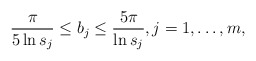
\begin{align*}\frac{\pi}{5\ln s_{j}}\leq b_{j}\leq \frac{5\pi}{\ln s_{j}}, j=1,\dots, m,\end{align*}